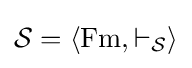
{\mathcal {S}}=\langle {\rm {Fm}},\vdash _{\mathcal {S}}\rangle